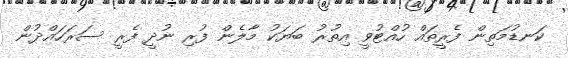
ކަނޑުމަތިން ފެރީތައް ހުއްޓުވީ އިތުރު ބަޔަކު މާލެން ފުރި ނުދީ ފެރީ ސަރަހައްދުން